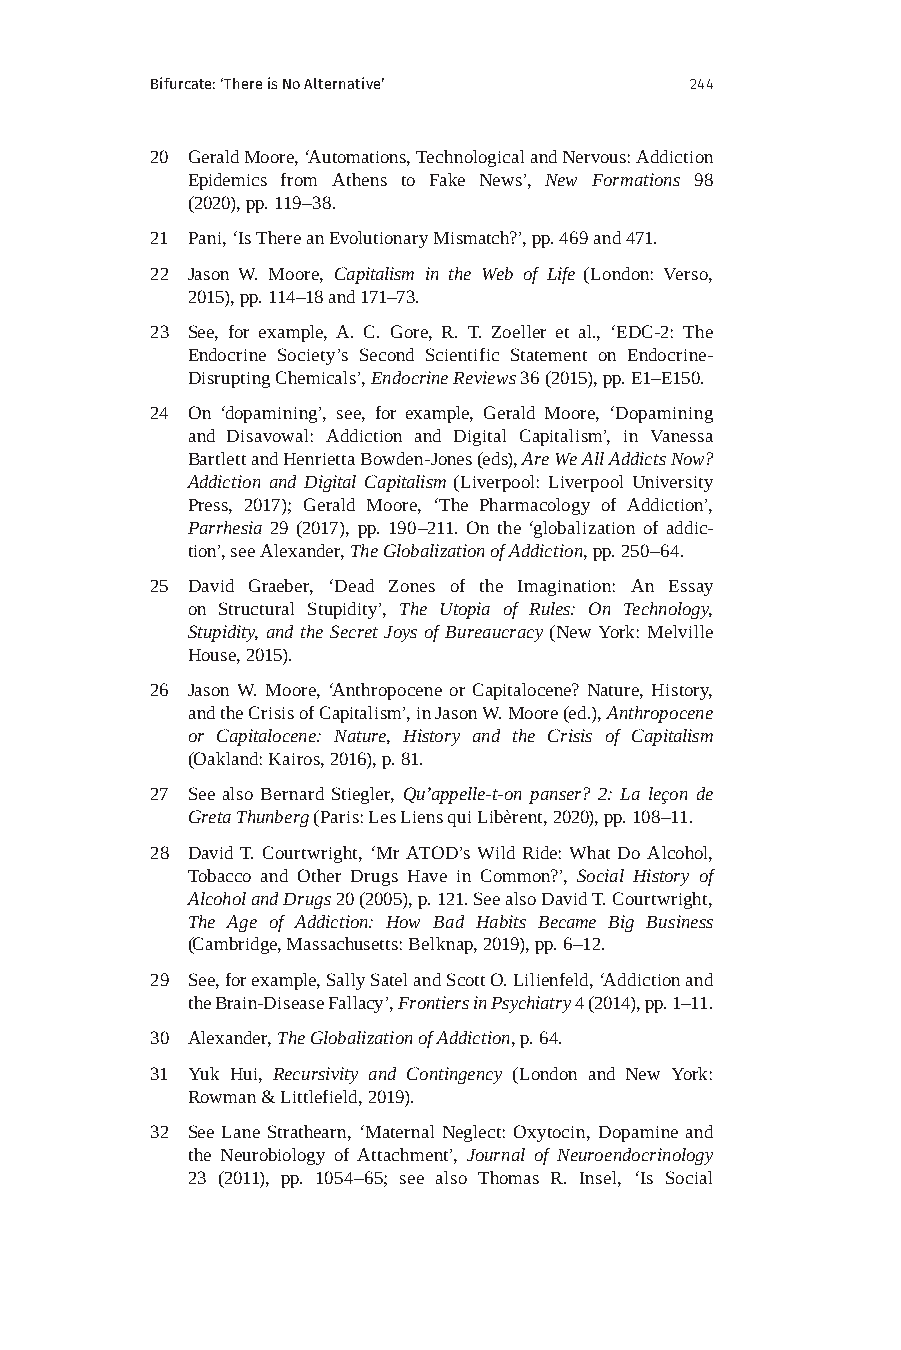
Bifurcate: ‘There is No Alternative’ 244
 20 Gerald Moore, ‘Automations, Technological and Nervous: Addiction
 Epidemics from Athens to Fake News’, New Formations 98
 (2020), pp. 119–38.
 21 Pani, ‘Is There an Evolutionary Mismatch?’, pp. 469 and 471.
 22 Jason W. Moore, Capitalism in the Web of Life (London: Verso,
 2015), pp. 114–18 and 171–73.
 23 See, for example, A. C. Gore, R. T. Zoeller et al., ‘EDC-2: The
 Endocrine Society’s Second Scientific Statement on Endocrine-
 Disrupting Chemicals’, Endocrine Reviews 36 (2015), pp. E1–E150.
 24 On ‘dopamining’, see, for example, Gerald Moore, ‘Dopamining
 and Disavowal: Addiction and Digital Capitalism’, in Vanessa
 Bartlett and Henrietta Bowden-Jones (eds), Are We All Addicts Now?
 Addiction and Digital Capitalism (Liverpool: Liverpool University
 Press, 2017); Gerald Moore, ‘The Pharmacology of Addiction’,
 Parrhesia 29 (2017), pp. 190–211. On the ‘globalization of addic-
 tion’, see Alexander, The Globalization of Addiction, pp. 250–64.
 25 David Graeber, ‘Dead Zones of the Imagination: An Essay
 on Structural Stupidity’, The Utopia of Rules: On Technology,
 Stupidity, and the Secret Joys of Bureaucracy (New York: Melville
 House, 2015).
 26 Jason W. Moore, ‘Anthropocene or Capitalocene? Nature, History,
 and the Crisis of Capitalism’, in Jason W. Moore (ed.), Anthropocene
 or Capitalocene: Nature, History and the Crisis of Capitalism
 (Oakland: Kairos, 2016), p. 81.
 27 See also Bernard Stiegler, Qu’appelle-t-on panser? 2: La leçon de
 Greta Thunberg (Paris: Les Liens qui Libèrent, 2020), pp. 108–11.
 28 David T. Courtwright, ‘Mr ATOD’s Wild Ride: What Do Alcohol,
 Tobacco and Other Drugs Have in Common?’, Social History of
 Alcohol and Drugs 20 (2005), p. 121. See also David T. Courtwright,
 The Age of Addiction: How Bad Habits Became Big Business
 (Cambridge, Massachusetts: Belknap, 2019), pp. 6–12.
 29 See, for example, Sally Satel and Scott O. Lilienfeld, ‘Addiction and
 the Brain-Disease Fallacy’, Frontiers in Psychiatry 4 (2014), pp. 1–11.
 30 Alexander, The Globalization of Addiction, p. 64.
 31 Yuk Hui, Recursivity and Contingency (London and New York:
 Rowman & Littlefield, 2019).
 32 See Lane Strathearn, ‘Maternal Neglect: Oxytocin, Dopamine and
 the Neurobiology of Attachment’, Journal of Neuroendocrinology
 23 (2011), pp. 1054–65; see also Thomas R. Insel, ‘Is Social